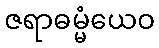
ဇရာဓမ္မံယေဝ